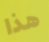
هذا